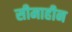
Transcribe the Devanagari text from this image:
सीमाहीन